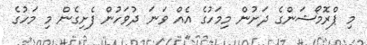
މި ޕްރޮމޯޝަންގެ ދަށުން މިމަހުގެ އެއް ވަނަ ދުވަހުން ފެށިގެން މި މަހުގެ